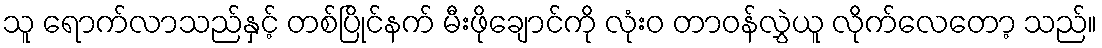
သူ ရောက်လာသည်နှင့် တစ်ပြိုင်နက် မီးဖိုချောင်ကို လုံးဝ တာဝန်လွှဲယူ လိုက်လေတော့ သည်။